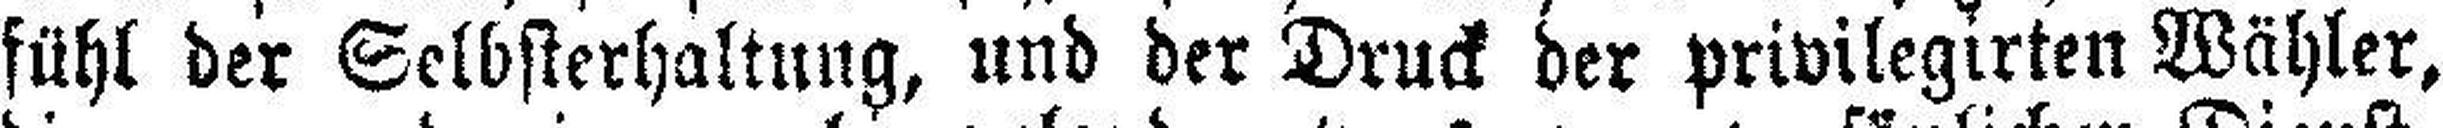
fühl der Selbsterhaltung, und der Druck der privilegirten Wähler,